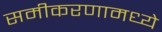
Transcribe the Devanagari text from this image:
समीकरणामध्ये